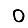
Digit: 0